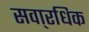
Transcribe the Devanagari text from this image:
सवा्रधिक